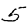
Digit: 5